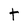
Character: t